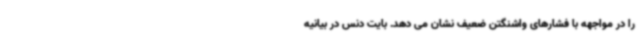
را در مواجهه با فشارهای واشنگتن ضعیف نشان می دهد. بایت دنس در بیانیه